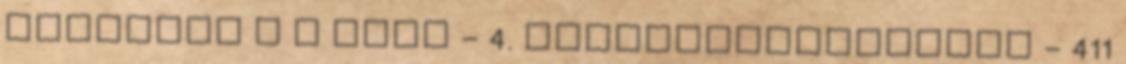
javaslat a z ÚMVP - 4. Intézkedéscsoport - 411